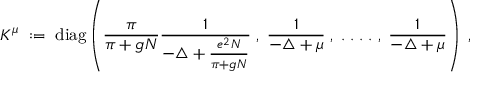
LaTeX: K ^ { \mu } \; : = \; \mathrm { d i a g } \left( \frac { \pi } { \pi + g N } \frac { 1 } { - \triangle + \frac { e ^ { 2 } N } { \pi + g N } } \; , \; \frac { 1 } { - \triangle + \mu } \; , \; . \; . \; . \; . \; , \; \frac { 1 } { - \triangle + \mu } \right) \; ,